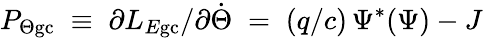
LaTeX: P_{\Theta\mathrm{gc}}\; \equiv\; \partial L_{E\mathrm{gc}}/\partial\dot{\Theta}\; =\; (q/c)\, \Psi^{*}(\Psi)-J